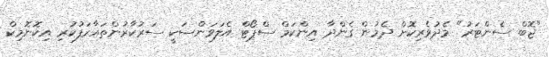
"ޖޮބް ސެންޓަރު" މެދުވެރިކޮށް ދެމުން ގެންދާ އިންކަމް ސްޕޯޓް އެލަވަންސަކީ ސަރުކާރުންތައާރަފުކުރި އިކޮނޮމިކް